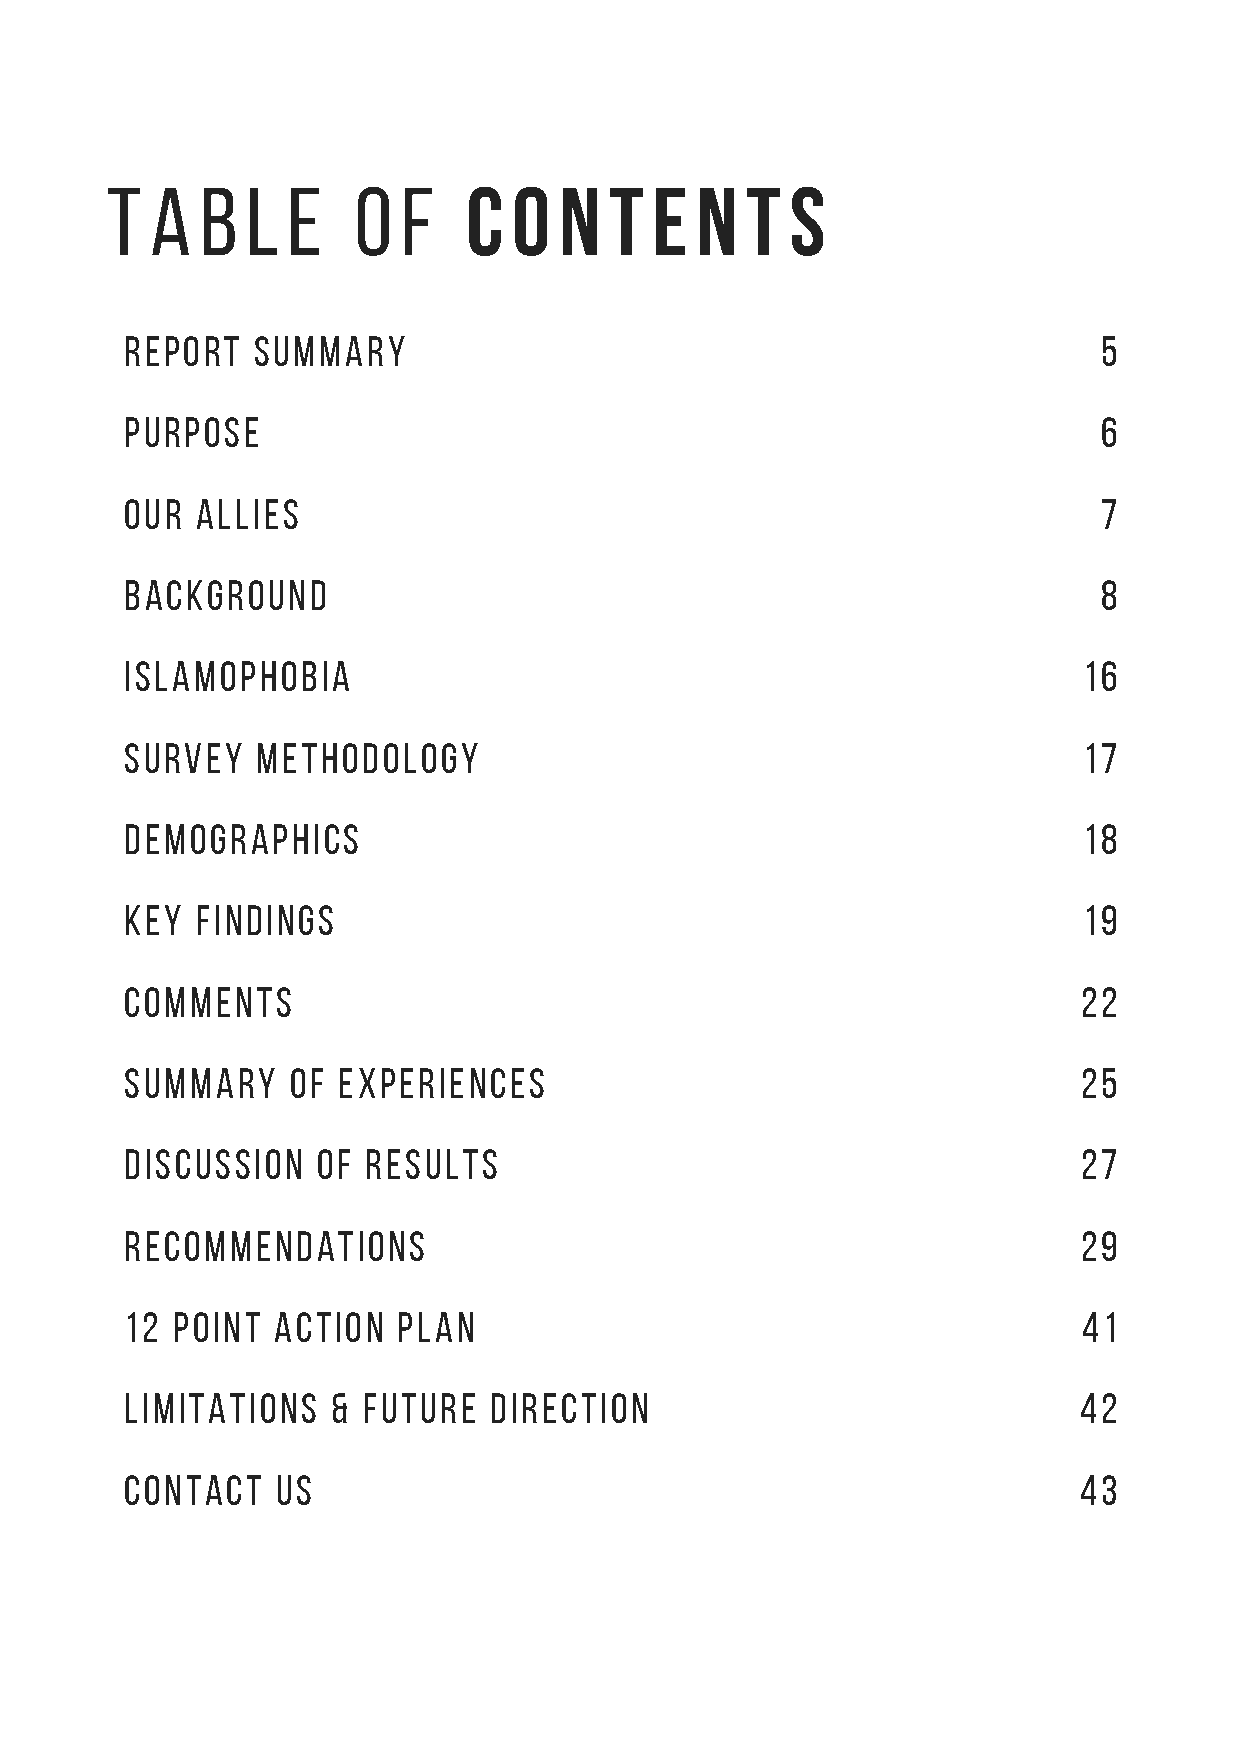
t  a  b  l  e   o   f   c  o  n  t  e  n  t  s
 report   summary                                                 5
 purpose                                                          6
 our  allies                                                      7
 background                                                       8
 islamophobia                                                    16
 survey   methodology                                            17
 demographics                                                    18
 key  findings                                                   19
 comments                                                        22
 summary    of experiences                                       25
 discussion   of results                                         27
 recommendations                                                 29
 12 POINT  ACTION  PLAN                                          41
 limitations   & FUTURE  DIRECTION                              42
 CONTACT   US                                                   43